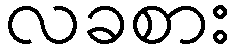
လခစား